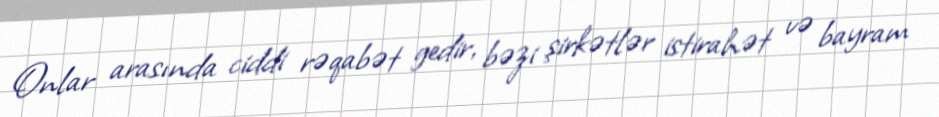
Onlar arasında ciddi rəqabət gedir, bəzi şirkətlər istirahət və bayram